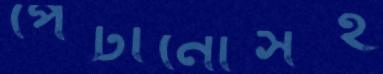
পেটানোসহ